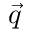
\vec { q }